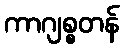
ကာဂျစ္စတန်